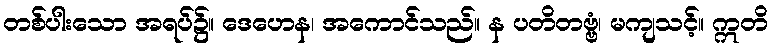
တစ်ပါးသော အရပ်၌။ ဒေဟေန၊ အကောင်သည်။ န ပတိတဗ္ဗံ၊ မကျသင့်။ ဣတိ